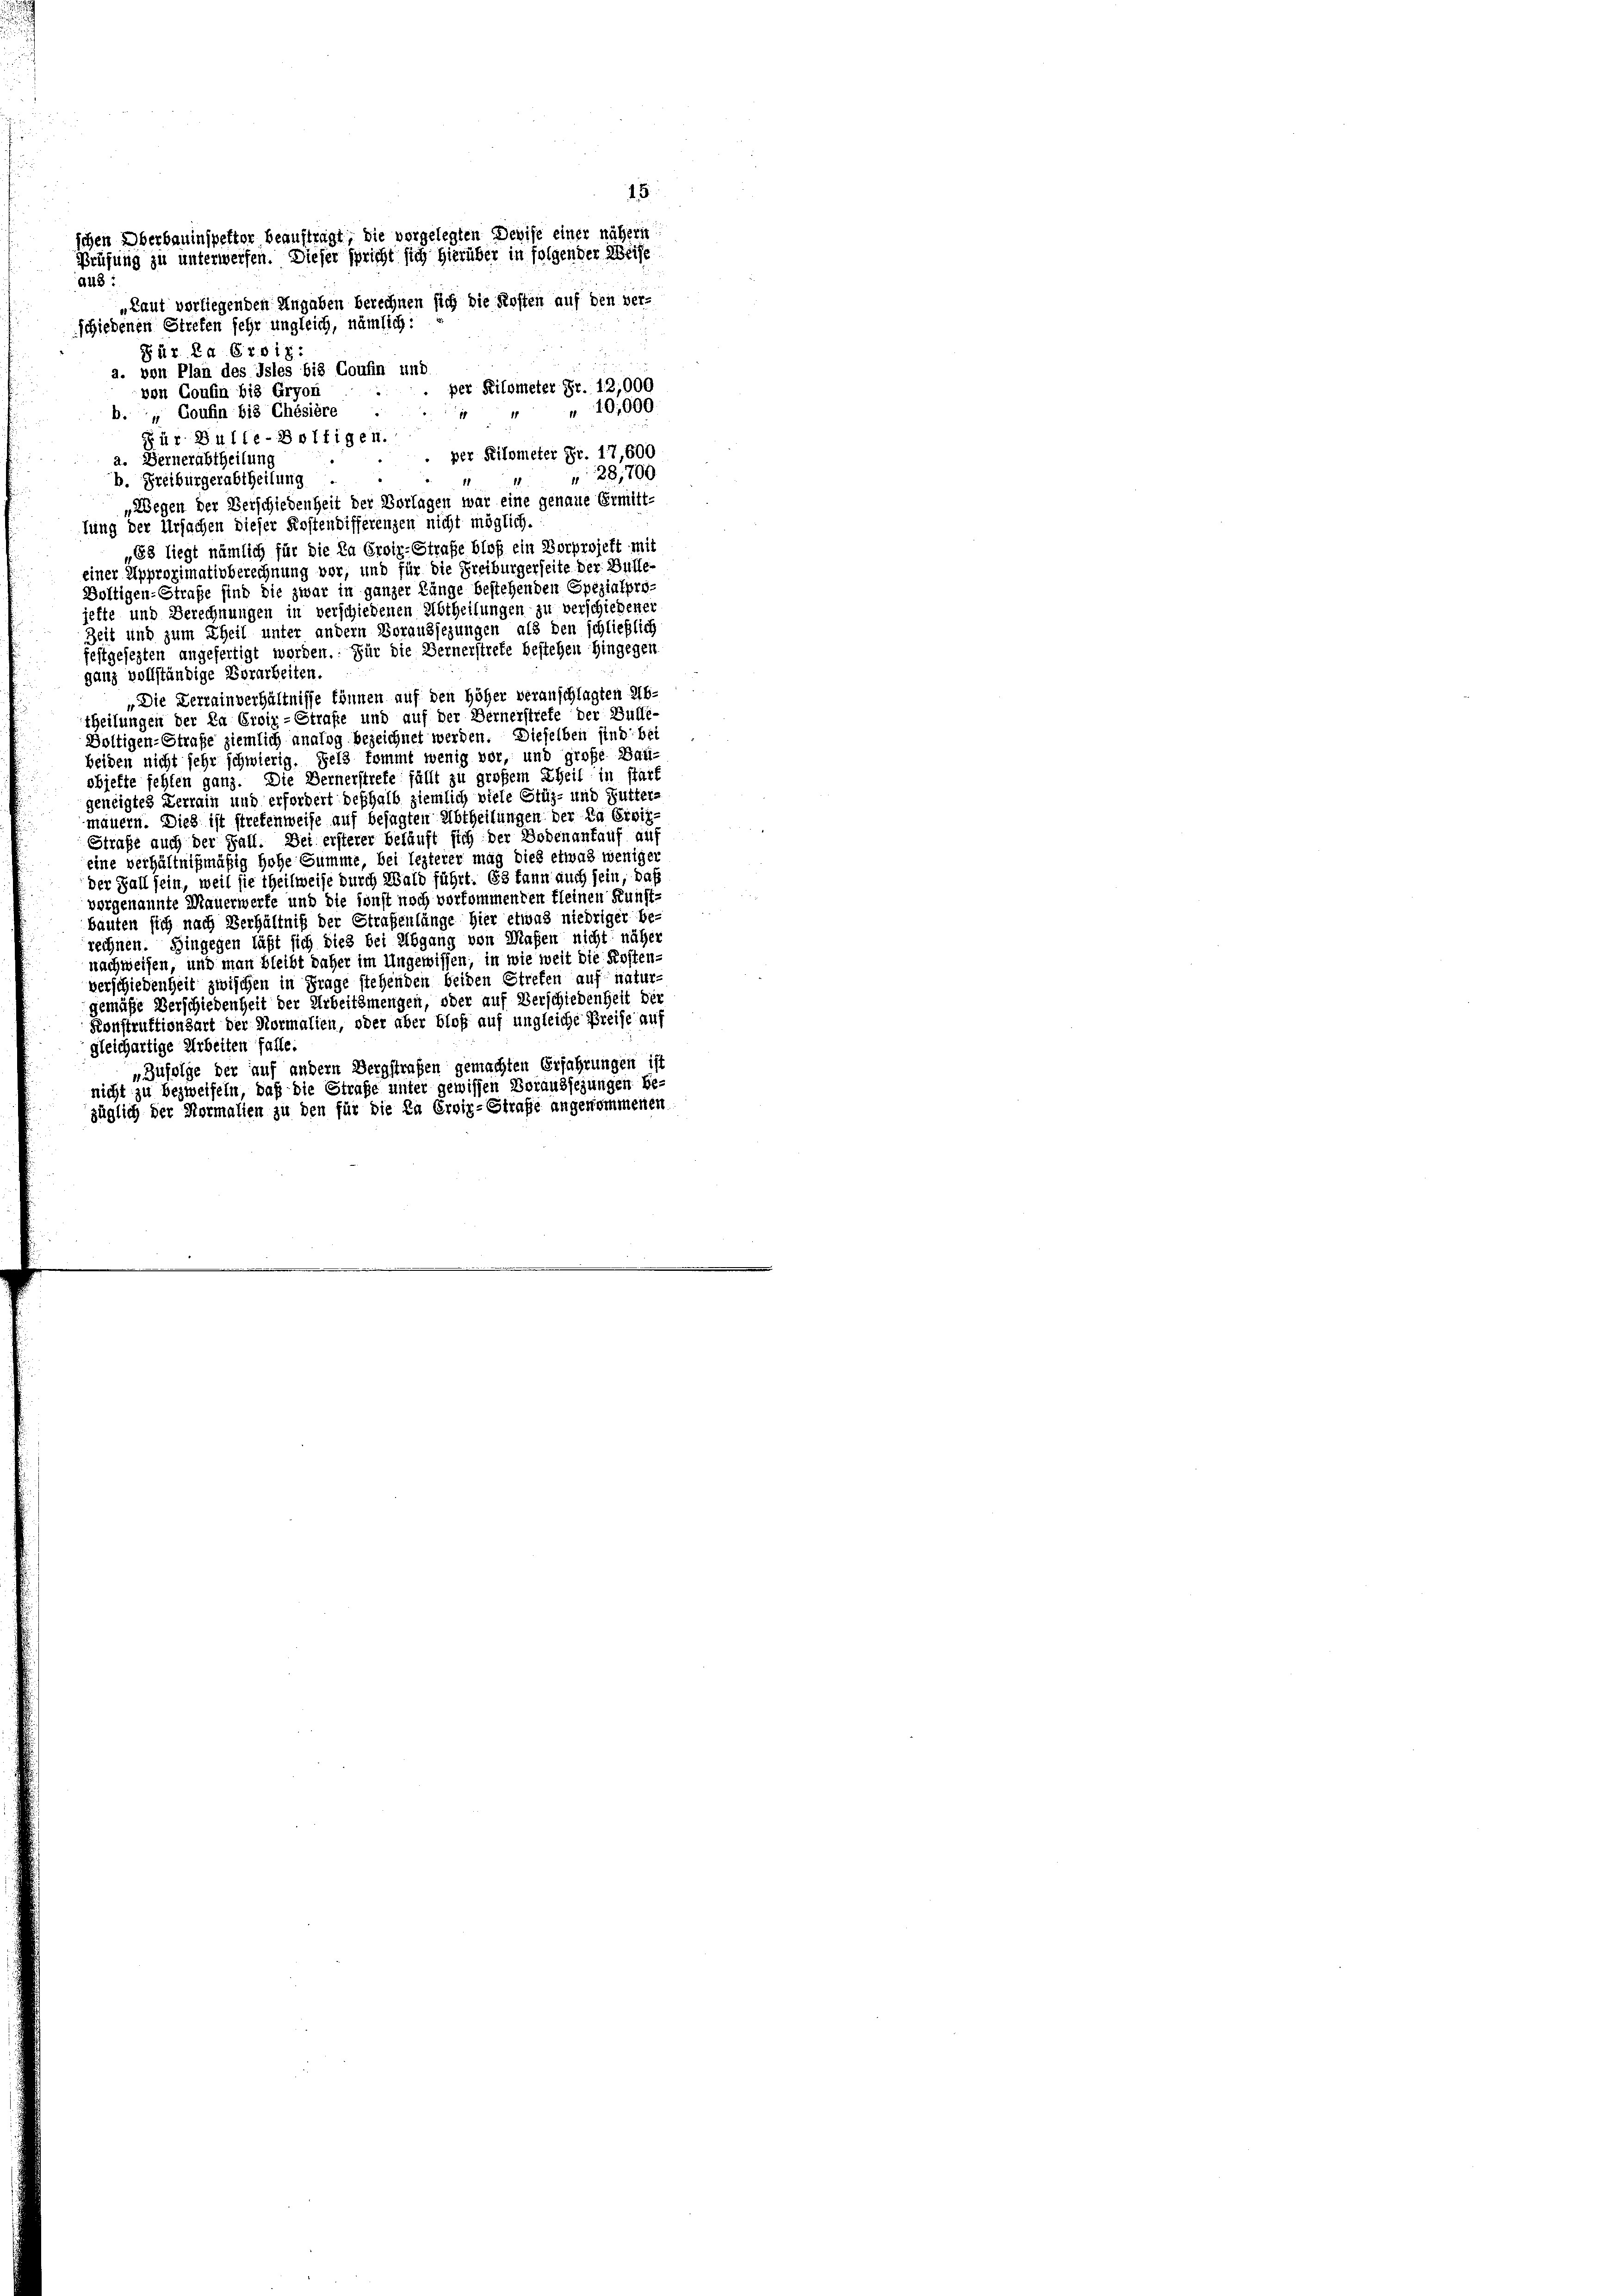
15
schen Oberbauinspetter beauftragt, die vorgelegten Devise einer nähern
Prüfung zu unterwerfen. Dieser spricht sich hierüber in folgender Weise
A48:
„Laut verliegenden Angaben berechnen sich die Kosten auf den ver-
schiedenen Streten sehr ungleich, nämlich:

Für. Ed. Croix
d. von Plan des Isles bis Coufin und
per Kilometer Fr. 12,000
von Goufin bis Gryon
10,000
b. „Coufin bis Chésière
Für Bulle-Boltigen.
per Kilometer Fr. 17,600
a. Bernerabtheilung
28,700
b. Freiburgerabtheilung
Wegen der Verschiedenheit der Vorlagen war eine genaue Ermitt-
lung der Ursachen dieser Postendifferenzen nicht möglich.
68 liegt nämlich für die Da Eroir-Strafe bloß ein Vorprojekt mit
einer Approximativberechnung vor, und für die Freiburgerseite. Der Bulle-
Boltigen-Straße sind die zwar in ganzer Länge bestehenden Spezialprojette und Berechnungen in verschiedenen Abtheilungen zu verschiedener
Zeit und zum Theil unter andern Voraussezungen als den schließlich
festgesezten angefertigt worden. Für die Bernerstrete bestehen hingegen
ganz vollständige Vorarbeiten.
„Die Verrainverhältnisse können auf den höher veranschlagten Ab-
theilungen der Da Eroir-Strafe und auf der Bernerstrete der Bulle-
Voltigen-Straße ziemlich analog bezeichnet werden. Dieselben sind: bei
beiden nicht sehr schwierig. Fels kommt wenig vor, und große Bau-
objekte fehlen ganz. Die Bernerstrefe fällt zu großem Theil in ftat
geneigtes Verrain und erfordert deshalb ziemlich viele Grüz- und Futter-
mauern. Dies ist strefenweise auf besagten Abtheilungen der Da Erwis-
Straße auch der Fall. Bei ersterer beläuft sich der Bodenant auf au
eine verhältnißmäßig hohe Summe, bei lezterer mag dies etwas weniger
der Fall sein, weil sie theilweise durch Wald führt. Es kann auch sein, daß
vorgenannte Mauerwerfe und die sonst noch vorkommenden kleinen Kunst-
bauten sich nach Verhältniß der Straßenlänge hier etwas niedriger be-
rechnen. Hingegen läßt sich dies bei Abgang von Maßen nicht näher
nachweisen, und man bleibt daher im Ungewissen, in wie weit die Kosten-
verschiedenheit zwischen in Frage stehenden beiden Streten auf natur-
gemäße Verschiedenheit der Arbeitsmengen, oder auf Verschiedenheit der
Konstruktionsart der Normalien, oder aber bloß auf ungleiche Preise auf
gleichartige Arbeiten falle.
„Zufolge der auf andern Bergstrafen gemachten Erfahrungen ist
nicht zu bezweifeln, daß die Strafe unter gewissen Voraussezungen Be-
züglich der Normalien zu den für die Da Eroir-Strafe angenommenen